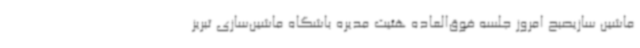
ماشین سازیصبح امروز جلسه فوق‌العاده هئیت مدیره باشگاه ماشین‌سازی تبریز